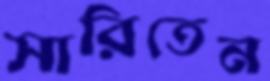
সারিতেন